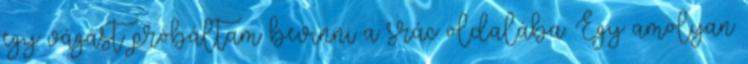
egy vágást próbáltam bevinni a srác oldalába. Egy amolyan